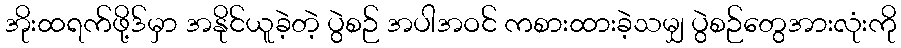
အိုးထရက်ဖို့ဒ်မှာ အနိုင်ယူခဲ့တဲ့ ပွဲစဉ် အပါအဝင် ကစားထားခဲ့သမျှ ပွဲစဉ်တွေအားလုံးကို